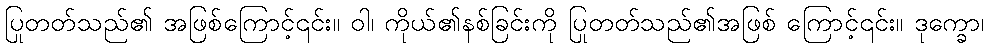
ပြုတတ်သည်၏ အဖြစ်ကြောင့်၎င်း။ ဝါ၊ ကိုယ်၏နစ်ခြင်းကို ပြုတတ်သည်၏အဖြစ် ကြောင့်၎င်း။ ဒုက္ခော၊